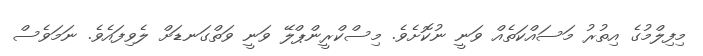
މިފިލްމުގެ އިތުރު މަސައްކަތެއް ވަނީ ނުކޮށެވެ. މިސްކްރީންޕްލޭ ވަނީ ވަތްގަނޑަށް ލެވިފައެވެ. ނަމަވެސް